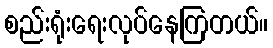
စည်းရုံးရေးလုပ်နေကြတယ်။